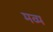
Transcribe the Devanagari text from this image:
मव्य